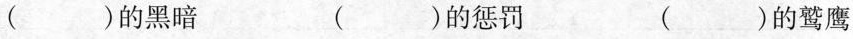
( )的黑暗 ( )的惩罚 ( )的鹫鹰